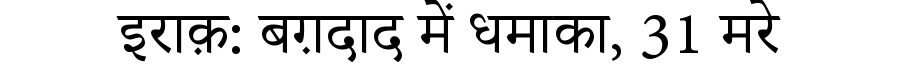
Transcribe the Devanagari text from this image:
इराक़: बग़दाद में धमाका, 31 मरे